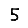
Digit: 5